Lunatic asylums Central Provinces reports 1895-1909 - 1895-1909
Year: 1895
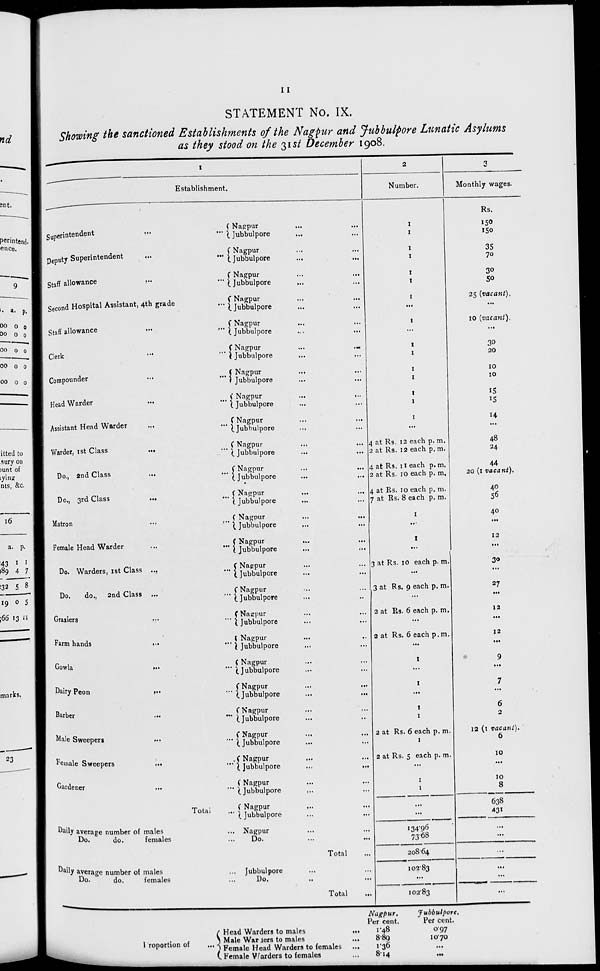
11
STATEMENT No. IX.
Showing the sanctioned Establishments of the Nagpur and Jubbulpore Lunatic Asylums
as they stood on the 31st December 1908.
1
Establishment.
Superintendent ... ...
Deputy Superintendent
...
...
Staff allowance ... ...
Second Hospital Assistant, 4th grade ...
Staff allowance ... ...
Clerk ... ...
Compounder ... ...
Head Warder ... ...
Assistant Head Warder ... ...
Warder, 1st Class ... ...
Do., 2nd Class ... ...
Do., 3rd Class ... ...
Matron ... ...
Female Head Warder ... ...
Do. Warders, 1st Class ... ...
Do.
do., 2nd Class ... ...
Graziers ... ...
Farm hands
... ...
Gowla ... ...
Dairy Peon ... ...
Barber ... ...
Male Sweepers ... ...
Female Sweepers ... ...
Gardener ... ...
Total ...
Daily average number of males ...
Do.
do.
females ...
Daily average number of males ...
Do.
do.
females ...
Nagpur ... ...
Jubbulpore ... ...
Nagpur ... ...
Jubbulpore ... ...
Nagpur ... ...
Jubbulpore ... ...
Nagpur ... ...
Jubbulpore ... ...
Nagpur ... ...
Jubbulpore ... ...
Nagpur ... ...
Jubbulpore ... ...
Nagpur ... ...
Jubbulpore ... ...
Nagpur
...
...
Jubbulpore ... ...
Nagpur ... ...
Jubbulpore ... ...
Nagpur ... ...
Jubbulpore
...
...
Nagpur ... ...
Jubbulpore
...
...
Nagpur
... ...
Jubbulpore ... ...
Nagpur ... ...
Jubbulpore ... ...
Nagpur
... ...
Jubbulpore ... ...
Nagpur ... ...
Jubbulpore ... ...
Nagpur ... ...
Jubbulpore ... ...
Nagpur ... ...
Jubbulpore ... ...
Nagpur ... ...
Jubbulpore ... ...
Nagpur ... ...
Jubbulpore ... ...
Nagpur ... ...
Jubbulpore ... ...
Nagpur ... ...
Jubbulpore ... ...
Nagpur ... ...
Jubbulpore ... ...
Nagpur ... ...
Jubbulpore ... ...
Nagpur ... ...
Jubbulpore ... ...
Nagpur ... ...
Jubbulpore ... ...
Nagpur ... ...
Do. ... ...
Total ...
Jubbulpore ... ...
Do. ... ...
Total ...
2
Number.
1
1
1
1
1
1
1
...
1
...
1
1
1
1
1
1
1
...
4 at Rs. 12 each p. m.
2 at Rs. 12 each p.m.
4 at Rs. 11 each p. m.
2 at Rs. 10 each p. m.
4 at Rs. 10 each p. m.
7 at Rs. 8 each p. m.
1
...
1
...
3 at Rs. 10 each p. m.
...
3 at Rs. 9 each p. m.
...
2 at Rs. 6 each p. m.
...
2 at Rs. 6 each p.m.
...
1
...
1
...
1
1
2 at Rs. 6 each p. m.
1
2 at Rs. 5 each p. m.
...
1
1
...
...
134.96
73.68
208.64
102.83
...
102.83
3
Monthly wages.
Rs.
150
150
35
70
30
50
25 (vacant).
...
10 (vacant).
...
30
20
10
10
15
15
14
...
48
24
44
20 (1 vacant).
40
56
40
...
12
...
30
...
27
...
12
...
12
...
9
...
7
...
6
2
12 (1 vacant).
6
10
...
10
8
638
431
...
...
...
...
...
...
1 roportion of
...
Head Warders to males
...
Male Wariers to males
...
Female Head Warders to females
...
Female Warders to females ...
Nagpur.
Per cent.
1.48
8.89
1.36
8.14
Jubbulpore.
Per cent.
0.97
10.70
...
...